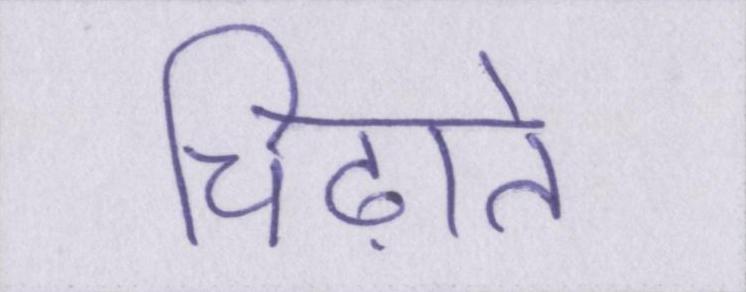
चिढ़ाते